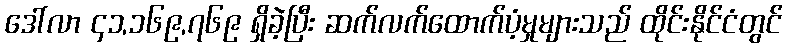
ဒေါ်လာ ၄၁,၁၆၉,၇၆၉ ရှိခဲ့ပြီး ဆက်လက်ထောက်ပံ့မှုများသည် ထိုင်းနိုင်ငံတွင်